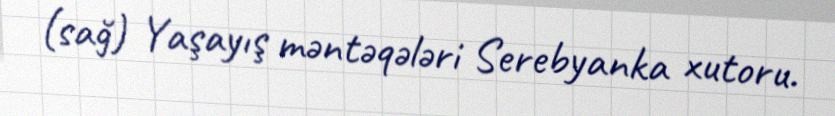
(sağ) Yaşayış məntəqələri Serebyanka xutoru.